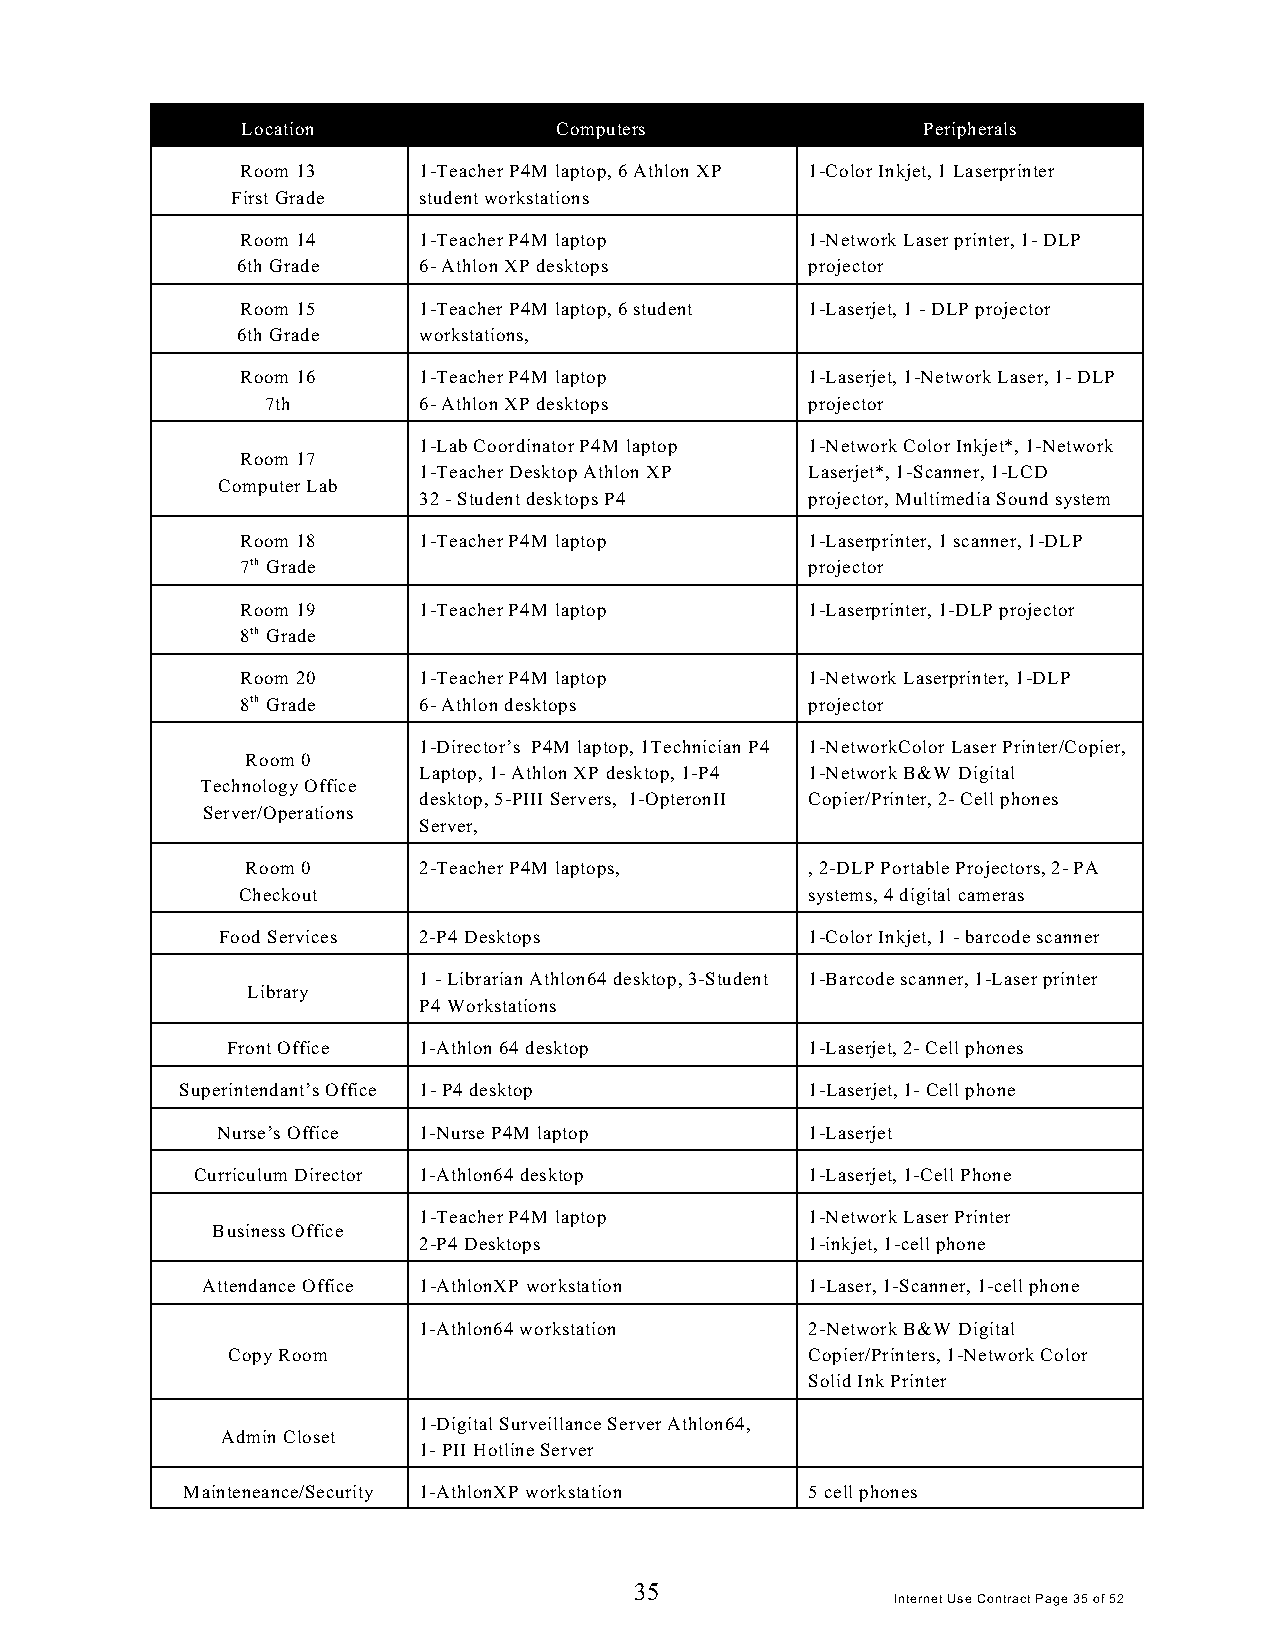
Location             Computers               Peripherals
 Room 13     1-Teacher P4M laptop, 6 Athlon XP 1-Color Inkjet, 1 Laserprinter
 First Grade  student workstations
 Room 14     1-Teacher P4M laptop      1-Network Laser printer, 1- DLP
 6th Grade   6- Athlon XP desktops     projector
 Room 15     1-Teacher P4M laptop, 6 student 1-Laserjet, 1 - DLP projector
 6th Grade   workstations,
 Room 16     1-Teacher P4M laptop      1-Laserjet, 1-Network Laser, 1- DLP
 7th       6- Athlon XP desktops     projector
 1-Lab Coordinator P4M laptop 1-Network Color Inkjet*, 1-Network
 Room 17
 1-Teacher Desktop Athlon XP Laserjet*, 1-Scanner, 1-LCD
 Computer Lab
 32 - Student desktops P4  projector, Multimedia Sound system
 Room 18     1-Teacher P4M laptop      1-Laserprinter, 1 scanner, 1-DLP
 7th Grade                             projector
 Room 19     1-Teacher P4M laptop      1-Laserprinter, 1-DLP projector
 8th Grade
 Room 20     1-Teacher P4M laptop      1-Network Laserprinter, 1-DLP
 8th Grade   6- Athlon desktops        projector
 1-Director’s P4M laptop, 1Technician P4 1-NetworkColor Laser Printer/Copier,
 Room 0
 Laptop, 1- Athlon XP desktop, 1-P4 1-Network B&W Digital
 Technology Office
 desktop, 5-PIII Servers, 1-OpteronII Copier/Printer, 2- Cell phones
 Server/Operations
 Server,
 Room 0      2-Teacher P4M laptops,    , 2-DLP Portable Projectors, 2- PA
 Checkout                              systems, 4 digital cameras
 Food Services 2-P4 Desktops             1-Color Inkjet, 1 - barcode scanner
 1 - Librarian Athlon64 desktop, 3-Student 1-Barcode scanner, 1-Laser printer
 Library
 P4 Workstations
 Front Office 1-Athlon 64 desktop       1-Laserjet, 2- Cell phones
 Superintendant’s Office 1- P4 desktop     1-Laserjet, 1- Cell phone
 Nurse’s Office 1-Nurse P4M laptop       1-Laserjet
 Curriculum Director 1-Athlon64 desktop   1-Laserjet, 1-Cell Phone
 1-Teacher P4M laptop      1-Network Laser Printer
 Business Office
 2-P4 Desktops             1-inkjet, 1-cell phone
 Attendance Office 1-AthlonXP workstation 1-Laser, 1-Scanner, 1-cell phone
 1-Athlon64 workstation    2-Network B&W Digital
 Copy Room                              Copier/Printers, 1-Network Color
 Solid Ink Printer
 1-Digital Surveillance Server Athlon64,
 Admin Closet
 1- PII Hotline Server
 Mainteneance/Security 1-AthlonXP workstation 5 cell phones
 35
 Internet Use Contract Page 35 of 52